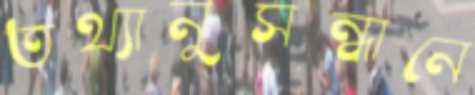
তথ্যানুসন্ধানে